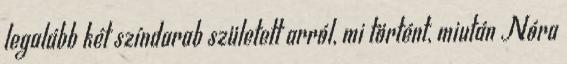
legalább két színdarab született arról, mi történt, miután Nóra